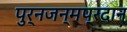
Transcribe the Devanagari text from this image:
पुर्नजन्मप्रदान